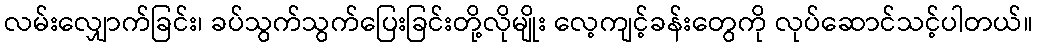
လမ်းလျှောက်ခြင်း၊ ခပ်သွက်သွက်ပြေးခြင်းတို့လိုမျိုး လေ့ကျင့်ခန်းတွေကို လုပ်ဆောင်သင့်ပါတယ်။